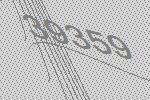
39359